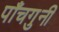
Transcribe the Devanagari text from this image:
पाँचगुनी